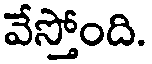
వేస్తోంది.